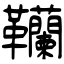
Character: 韊